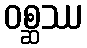
ဝစ္ဆဿ